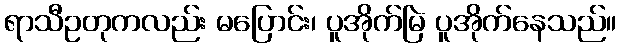
ရာသီဥတုကလည်း မပြောင်း၊ ပူအိုက်မြဲ ပူအိုက်နေသည်။